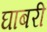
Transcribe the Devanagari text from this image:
घाबरी